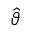
\widehat { \vartheta }